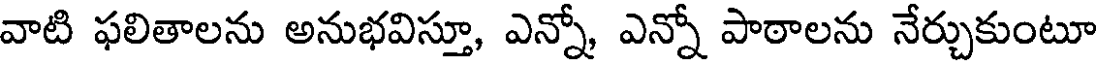
వాటి ఫలితాలను అనుభవిస్తూ, ఎన్నో, ఎన్నో పాఠాలను నేర్చుకుంటూ